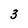
Character: 3